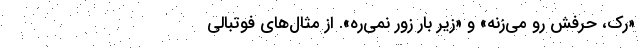
«رُک، حرفش رو می‌زنه» و «زیر بار زور نمی‌ره». از مثال‌های فوتبالی